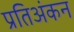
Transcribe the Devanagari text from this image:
प्रतिअंकन